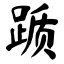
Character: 踬